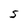
Character: S